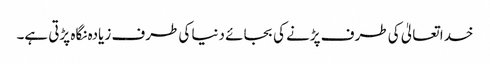
خدا تعالیٰ کی طرف پڑنے کی بجائے دنیا کی طرف زیادہ نگاہ پڑتی ہے۔